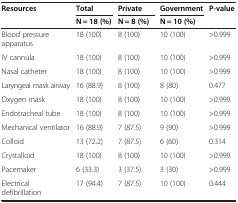
<table><thead><tr><td rowspan="2"><b>Resources</b></td><td><b>Total</b></td><td><b>Private</b></td><td><b>Government</b></td><td rowspan="2"><b>P-value</b></td></tr><tr><td><b>N = 18 (%)</b></td><td><b>N = 8 (%)</b></td><td><b>N = 10 (%)</b></td></tr></thead><tbody><tr><td>Blood pressure apparatus</td><td>18 (100)</td><td>8 (100)</td><td>10 (100)</td><td>&gt;0.999</td></tr><tr><td>IV cannula</td><td>18 (100)</td><td>8 (100)</td><td>10 (100)</td><td>&gt;0.999</td></tr><tr><td>Nasal catheter</td><td>18 (100)</td><td>8 (100)</td><td>10 (100)</td><td>&gt;0.999</td></tr><tr><td>Laryngeal mask airway</td><td>16 (88.9)</td><td>8 (100)</td><td>8 (80)</td><td>0.477</td></tr><tr><td>Oxygen mask</td><td>18 (100)</td><td>8 (100)</td><td>10 (100)</td><td>&gt;0.999</td></tr><tr><td>Endotracheal tube</td><td>18 (100)</td><td>8 (100)</td><td>10 (100)</td><td>&gt;0.999</td></tr><tr><td>Mechanical ventilator</td><td>16 (88.9)</td><td>7 (87.5)</td><td>9 (90)</td><td>&gt;0.999</td></tr><tr><td>Colloid</td><td>13 (72.2)</td><td>7 (87.5)</td><td>6 (60)</td><td>0.314</td></tr><tr><td>Crystalloid</td><td>18 (100)</td><td>8 (100)</td><td>10 (100)</td><td>&gt;0.999</td></tr><tr><td>Pacemaker</td><td>6 (33.3)</td><td>3 (37.5)</td><td>3 (30)</td><td>&gt;0.999</td></tr><tr><td>Electrical defibrillation</td><td>17 (94.4)</td><td>7 (87.5)</td><td>10 (100)</td><td>0.444</td></tr></tbody></table>